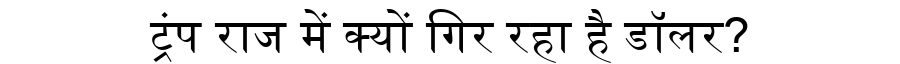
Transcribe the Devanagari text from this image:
ट्रंप राज में क्यों गिर रहा है डॉलर?